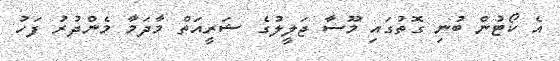
އެ ކޯޓުން ބުނި ގޮތުގައި މޫސާ ޖަލީލުގެ ޝަރީއަތް މާދަމާ މެންދުރު ފަހު